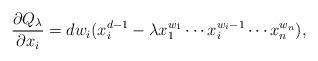
LaTeX: \begin{align*}\frac{\partial Q_\lambda}{\partial x_i}=dw_i(x_i^{d-1}-\lambda x_1^{w_1}\cdots x_i^{w_i-1}\cdots x_n^{w_n}),\end{align*}